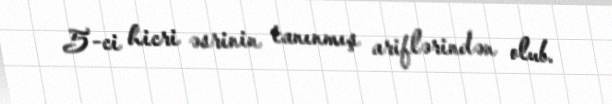
5-ci hicri əsrinin tanınmış ariflərindən olub.